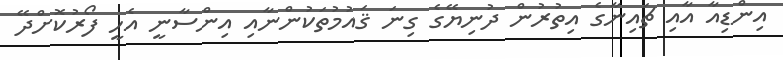
އިންޑިއާ އާއި ޗައިނާގެ އިތުރުން ދުނިޔޭގެ ގިނަ ޤައުމުތަކުންނާއި އިންސާނީ އެހީ ފޯރުކޮށްދޭ